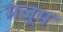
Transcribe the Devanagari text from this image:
मजूम